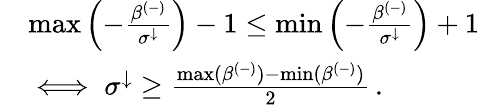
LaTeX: \begin{array}{rl}&{\operatorname*{max}\left(-\frac{\beta^{(-)}}{\sigma^{\downarrow}}\right)-1\leq\operatorname*{min}\left(-\frac{\beta^{(-)}}{\sigma^{\downarrow}}\right)+1}\\ &{\iff\sigma^{\downarrow}\geq\frac{\operatorname*{max}(\beta^{(-)})-\operatorname*{min}(\beta^{(-)})}{2}\, .}\end{array}